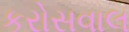
કરોસવાલ